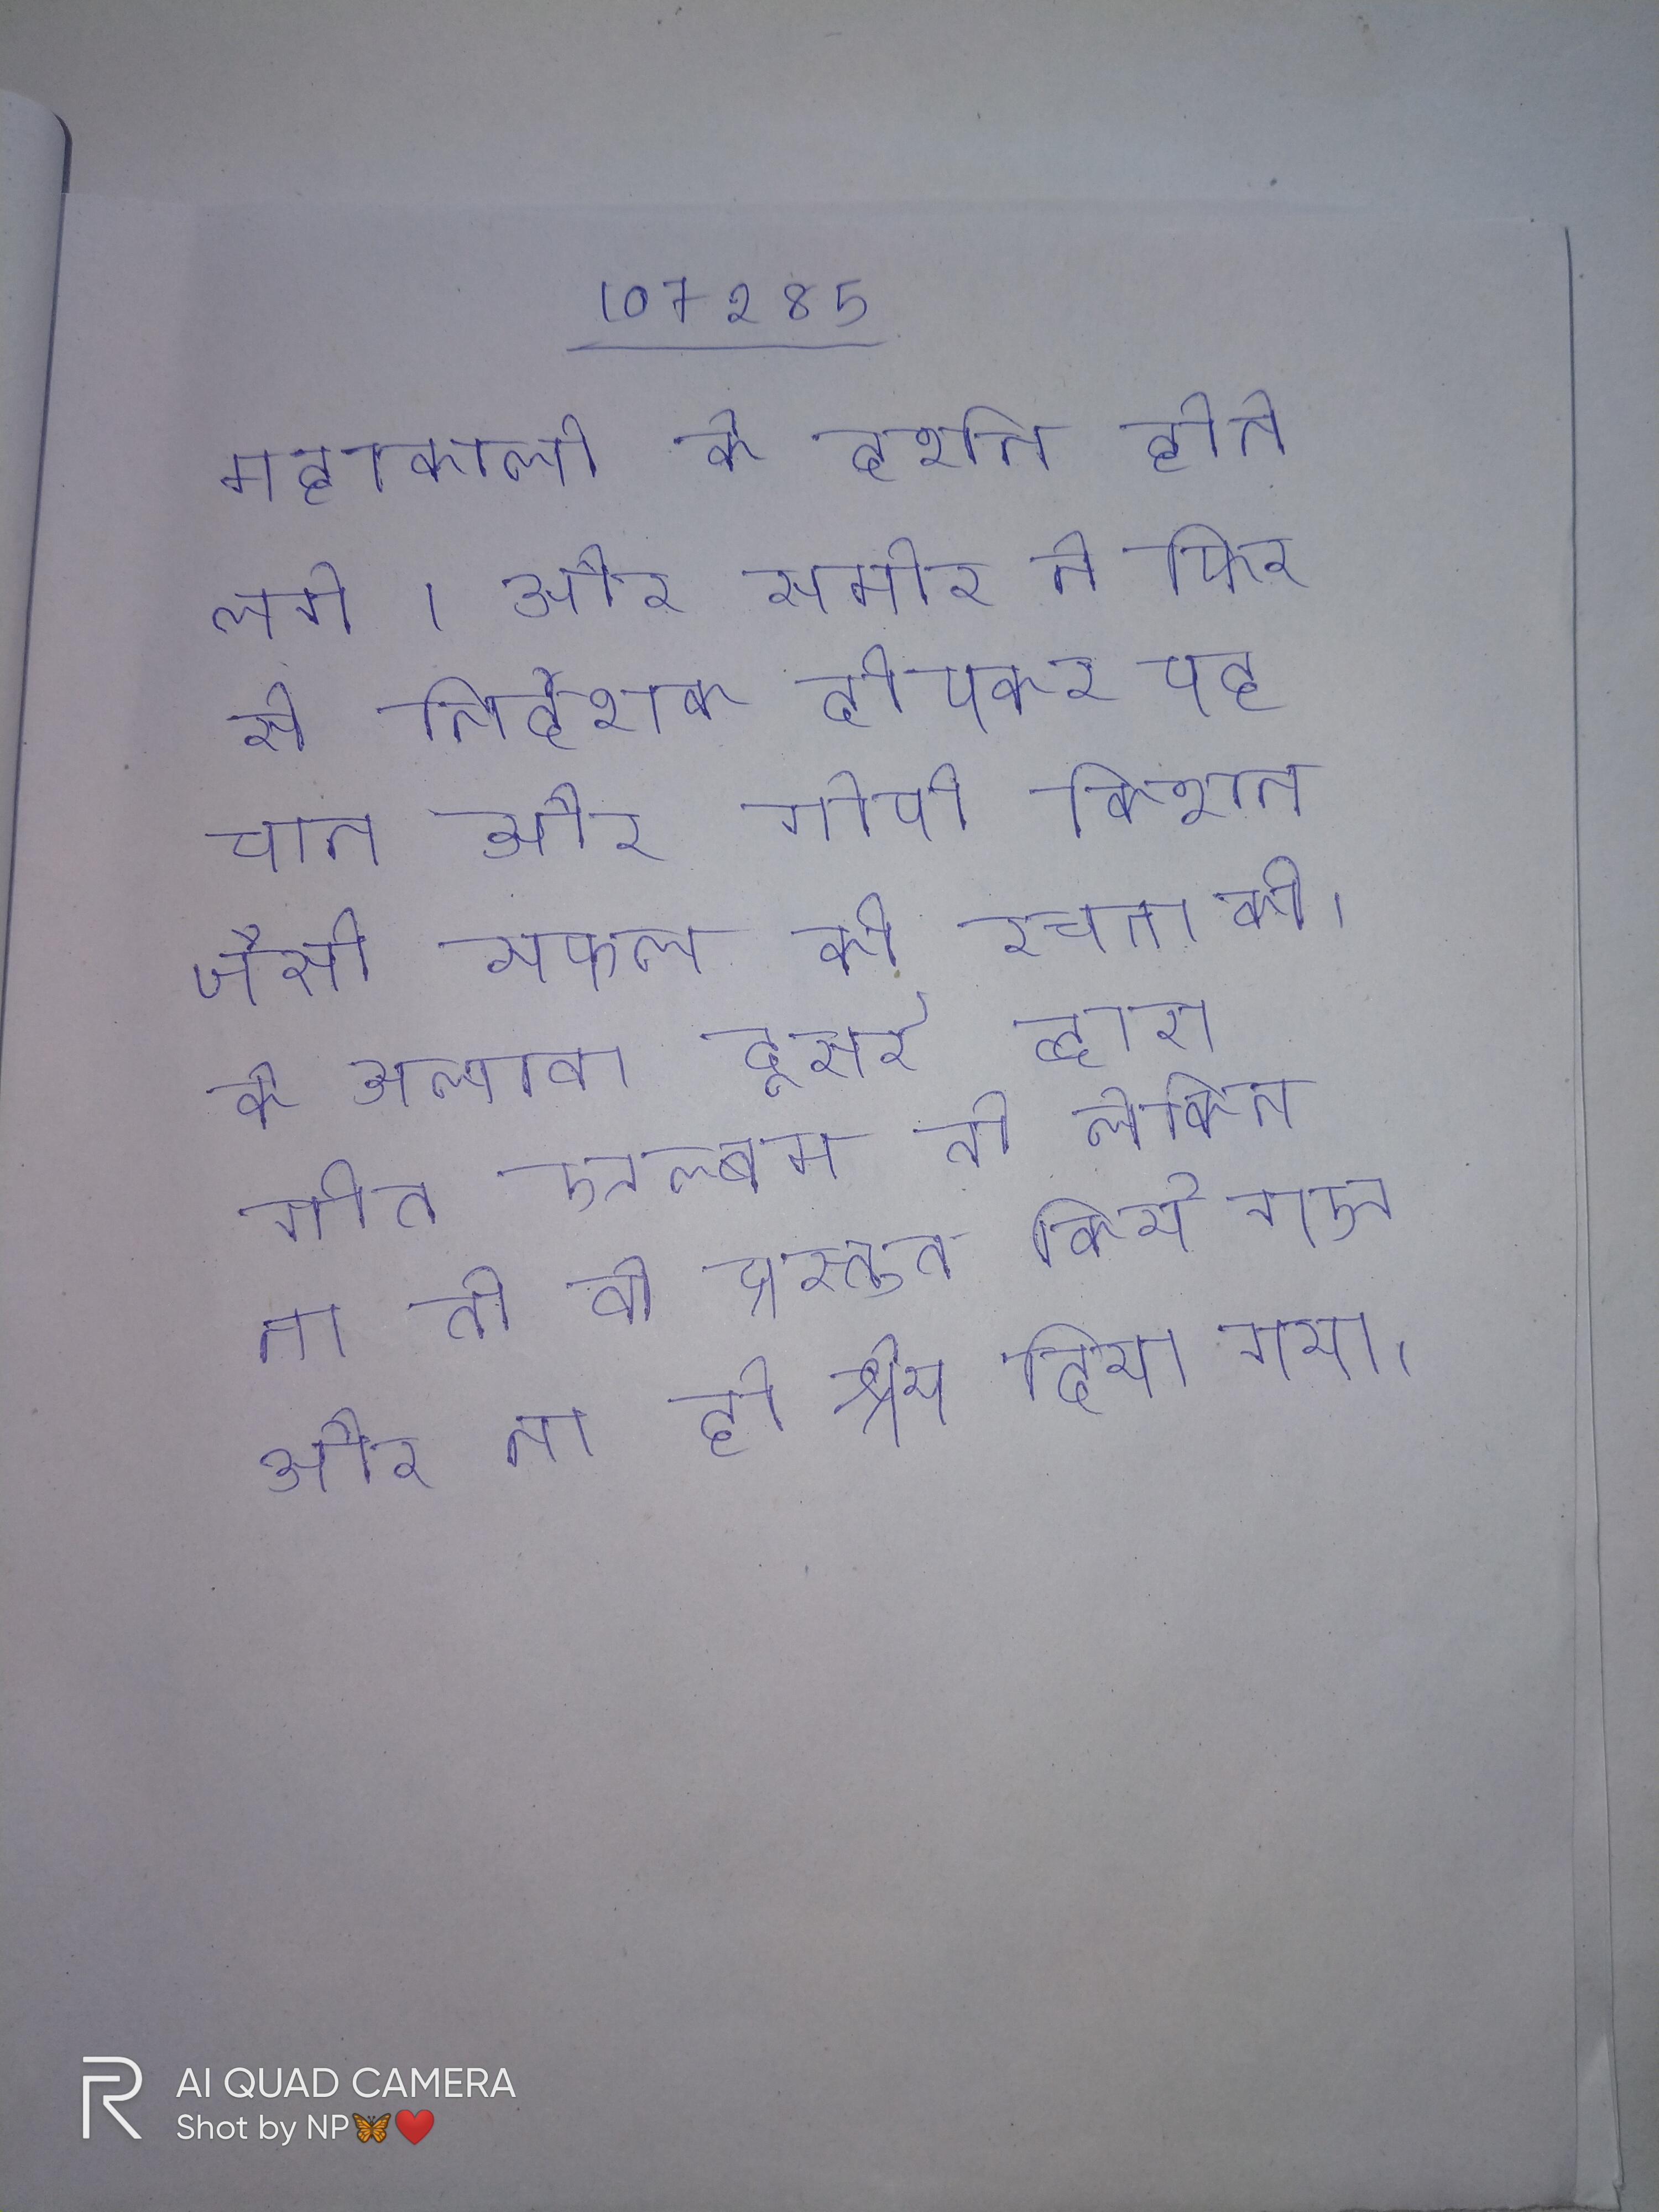
महाकाली के दर्शन होने लगे । और समीर ने फिर से निर्देशक दीपक शिवदासानी के साथ मिलकर पहचान और गोपी किशन जैसी सफल की रचना की । के अलावा दूसरे द्वारा गीत एल्बम तो लेकिन ना तो वो प्रस्तुत किये गए और ना ही श्रेय दिया गया ।